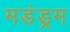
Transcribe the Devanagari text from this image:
मडंड्रम